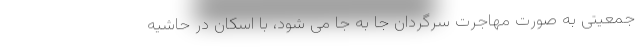
جمعیتی به صورت مهاجرت سرگردان جا به جا می شود، با اسکان در حاشیه